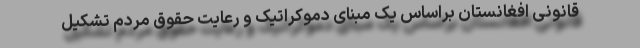
قانونی افغانستان براساس یک مبنای دموکراتیک و رعایت حقوق مردم تشکیل